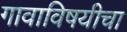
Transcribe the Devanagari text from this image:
गावाविषयीचा